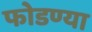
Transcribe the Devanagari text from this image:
फोडण्या